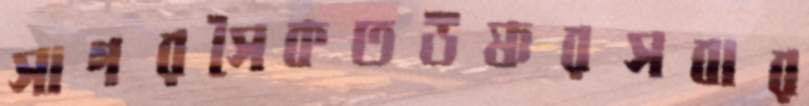
সাগরসৈকতউষ্ণরসবার